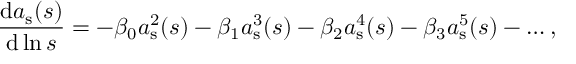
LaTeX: \frac { \mathrm { d } a _ { \mathrm { s } } ( s ) } { \mathrm { d } \ln s } = - \beta _ { 0 } a _ { \mathrm { s } } ^ { 2 } ( s ) - \beta _ { 1 } a _ { \mathrm { s } } ^ { 3 } ( s ) - \beta _ { 2 } a _ { \mathrm { s } } ^ { 4 } ( s ) - \beta _ { 3 } a _ { \mathrm { s } } ^ { 5 } ( s ) - \dots ,